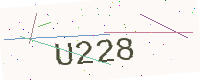
Text: U228